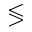
\lessgtr